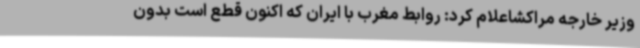
وزیر خارجه مراکشاعلام کرد: روابط مغرب با ایران که اکنون قطع است بدون